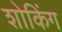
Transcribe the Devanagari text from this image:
शोकिंग